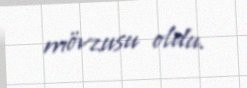
mövzusu oldu.